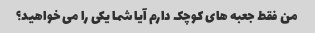
من فقط جعبه های کوچک دارم آیا شما یکی را می خواهید؟